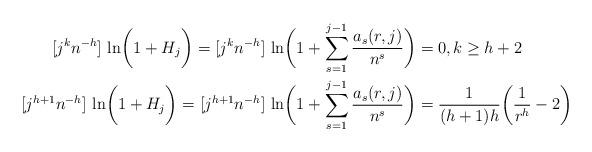
LaTeX: \begin{align*} [j^k n^{-h}]\,\ln \biggl( 1 + H_j \biggr) = [j^k n^{-h}]\,\ln \biggl( 1 + \sum_{s=1}^{j-1} \frac{a_s(r,j)}{n^s} \biggr) &= 0, k \ge h+2 \\ [j^{h+1} n^{-h}]\,\ln \biggl( 1 + H_j \biggr)= [j^{h+1} n^{-h}]\,\ln \biggl( 1 + \sum_{s=1}^{j-1} \frac{a_s(r,j)}{n^s} \biggr) &= \frac{1}{(h+1)h} \biggl( \frac{1}{r^h} - 2 \biggr) \end{align*}